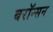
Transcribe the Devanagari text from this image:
बरॉन्सन